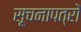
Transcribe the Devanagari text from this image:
सूचनापत्रों